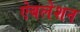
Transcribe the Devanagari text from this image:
ऐबलेशन